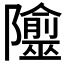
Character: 𨽙